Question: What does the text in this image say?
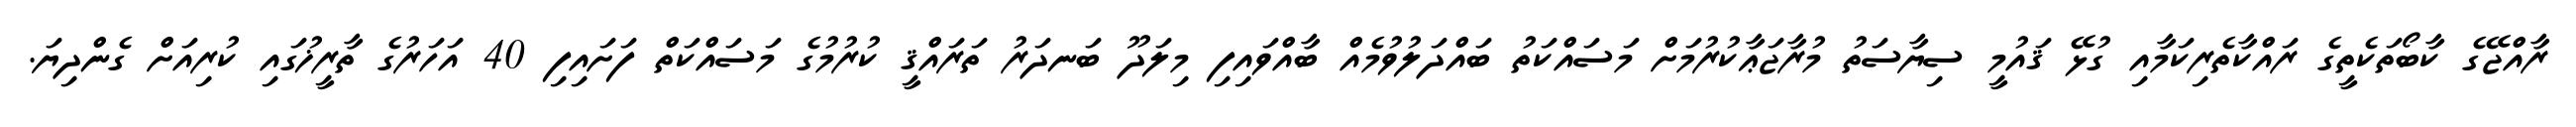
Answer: ރާއްޖޭގެ ކާބޯތަކެތީގެ ރައްކާތެރިކަމާއި ގުޅޭ ޤައުމީ ސިޔާސަތު މުރާޖަޢާކުރުމަށް މަސައްކަތު ބައްދަލުވުމެއް ބާއްވައިފި މިލަދޫ ބަނދަރު ތަރައްޤީ ކުރުމުގެ މަސައްކަތް ފަށައިފި 40 އަހަރުގެ ތާރީޚުގައި ކުރިއަށް ގެންދިޔަ.